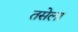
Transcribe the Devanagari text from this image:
तसेला